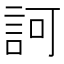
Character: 訶